Report of the Indian Hemp Drugs Commission, 1894-1895 - Volume II
Year: 1894
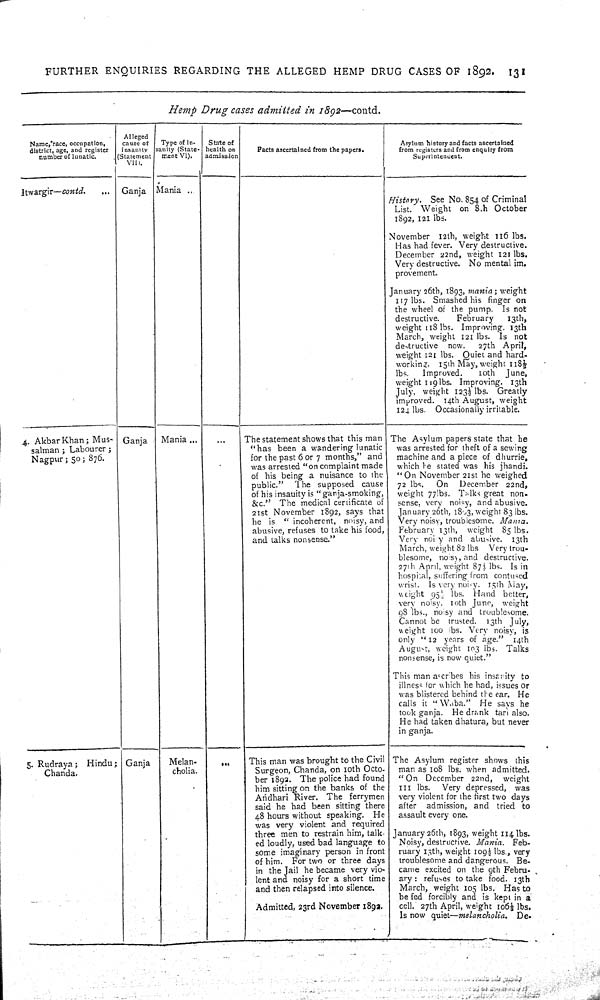
FURTHER
ENQUIRIES
REGARDING
THE
ALLEGED
HEMP
DRUG CASES OF
1892.
131
Hemp
Drug
cases admitted
in
1892—contd.
Name, race, occupation,
district, age, and register
number of lunatic.
Alleged
cause of
insanity
(Statement
VII).
Type of in-
sanity (State-
ment VI).
State of
health on
admission
Facts ascertained from the papers.
Asylum history and facts ascertained
from registers and from enquiry from
Superintendent.
Itwargir—contd.
Ganja
Mania
History.
See No. 854 of Criminal
List. Weight
on 8th October
1892, 121 lbs.
November
12th, weight 116 lbs.
Has had fever. Very destructive.
December 22nd, weight 121 lbs.
Very destructive. No mental im.
provement.
January 26th, 1893, mania;
weight
117 lbs. Smashed his finger on
the wheel of the pump.
Is not
destructive.
February
13th,
weight 118 lbs. Improving. 13th
March, weight 121 lbs. Is
not
destructive
now.
27th April,
weight 121 lbs. Quiet and hard-
working.
15th May, weight 118½
lbs.
Improved.
10th
June,
weight 119 lbs. Improving.
13th
July, weight 123½ lbs.
Greatly
improved.
14th August, weight
124 lbs.
Occasionally irritable.
4. Akbar Khan; Mus-
salman; Labourer;
Nagpur; 50; 876.
Ganja
Mania
The statement shows that this man
"has been a wandering lunatic
for the past 6 or 7 months," and
was arrested "on complaint made
of his being a nuisance to the
public."
The supposed
cause
of his insauity is "ganja-smoking,
&c."
The medical certificate of
21st November 1892, says that
he is
"incoherent, noisy, and
abusive, refuses to take his food,
and talks nonsense."
The Asylum papers state that he
was arrested for theft of a sewing
machine and a piece of dhurrie,
which he stated was his jhandi.
"On November 21st he weighed
72 lbs.
On
December
22nd,
weight 77 lbs. Talks great non-
sense, very noisy, and abusive.
January 26th, 1893, weight 83 lbs.
Very noisy, troublesome.
Mania.
February 13th,
weight
85 lbs.
Very noisy and abusive.
13th
March, weight 82 lbs
Very trou-
blesome, noisy, and destructive.
27th April, weight 87½ lbs. Is in
hospital, suffering from contused
wrist.
Is very noisy. 15th May,
weight 95½ lbs.
Hand
better,
very noisy. 10th June,
weight
98 lbs., noisy and troublesome.
Cannot be
trusted.
13th July,
weight 100 lbs. Very noisy, is
only "12 years of age."
14th
August, weight 103 lbs.
Talks
nonsense, is now quiet."
This man ascribes his insanity to
illness for which he had, issues or
was blistered behind the ear.
He
calls it "Waba."
He says he
took ganja.
He drank tari also.
He had taken dhatura, but never
in ganja.
5. Rudraya;
Hindu;
Chanda.
Ganja
Melan-
cholia.
This man was brought to the Civil
Surgeon, Chanda, on 10th Octo-
ber 1892. The police had found
him sitting on the banks of the
Aridhari River. The
ferrymen
said he had been sitting there
48 hours without speaking.
He
was very violent and required
three men to restrain him, talk-
ed loudly, used bad language to
some imaginary person in front
of him.
For two or three days
in the Jail he became very vio-
lent and noisy for a short time
and then relapsed into silence.
Admitted, 23rd November 1892.
The Asylum register shows this
man as 108 lbs. when admitted.
"On
December 22nd,
weight
111 lbs.
Very depressed,
was
very violent for the first two days
after
admission, and tried to
assault every one.
January 26th, 1893, weight 114 lbs.
Noisy, destructive. Mania.
Feb-
ruary 13th, weight 109½ lbs., very
troublesome and dangerous.
Be-
came excited on the 9th Febru-
ary;
refuses to take food. 13th
March, weight 105 lbs, Has to
be fed forcibly and is kept in a
cell. 27th April, weight 106½ lbs.
Is now quiet—melancholia,
De-